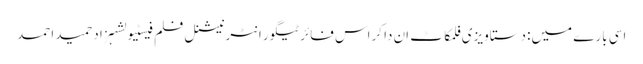
اسی بارے میں: دستاویزی فلمکاٹ اِن دا کراس فائرٹیگور انٹرنیشنل فلم فیسٹیولشہزاد حمید احمد